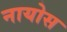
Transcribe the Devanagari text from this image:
नायोस